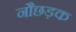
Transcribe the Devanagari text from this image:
नौछड़क